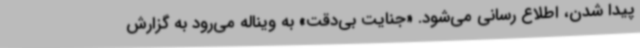
پیدا شدن، اطلاع رسانی می‌شود. «جنایت بی‌دقت» به ویناله می‌رود به گزارش